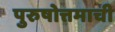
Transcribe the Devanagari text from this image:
पुरुषोत्तमाची